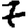
Digit: 7